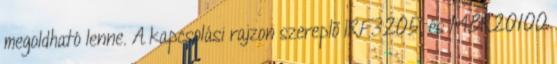
megoldható lenne. A kapcsolási rajzon szereplõ IRF3205, és MBR20100